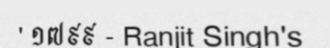
' ១៧៩៩ - Ranjit Singh's